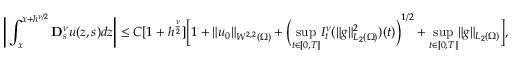
\bigg | \int _ { x } ^ { x + h ^ { \nu / 2 } } \mathbf { D } _ { s } ^ { \nu } u ( z , s ) d z \bigg | \leq C [ 1 + h ^ { \frac { \nu } { 2 } } ] \bigg [ 1 + \| u _ { 0 } \| _ { W ^ { 2 , 2 } ( \Omega ) } + \bigg ( \underset { t \in [ 0 , T ] } { \operatorname* { s u p } } I _ { t } ^ { \nu } ( \| g \| _ { L _ { 2 } ( \Omega ) } ^ { 2 } ) ( t ) \bigg ) ^ { 1 / 2 } + \underset { t \in [ 0 , T ] } { \operatorname* { s u p } } \| g \| _ { L _ { 2 } ( \Omega ) } \bigg ] ,